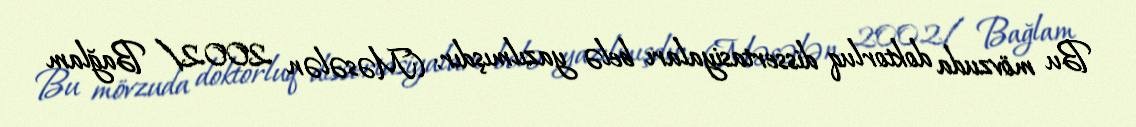
Bu mövzuda doktorluq dissertasiyaları belə yazılmışdır: (Məsələn 2002/ Bağlam